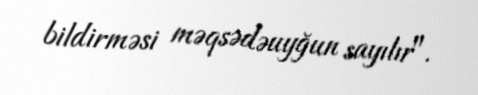
bildirməsi məqsədəuyğun sayılır".